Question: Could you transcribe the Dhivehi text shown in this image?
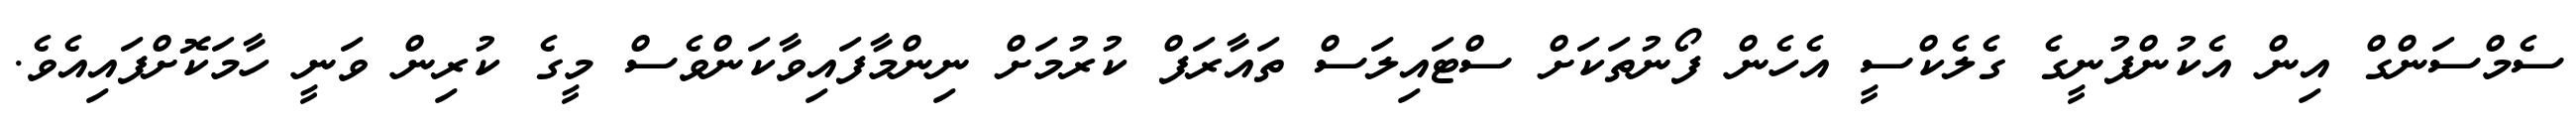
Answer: ސެމްސަންގް އިން އެކުންފުނީގެ ގެލެކްސީ އެހެން ފޯނުތަކަށް ސްޓައިލަސް ތައާރަފް ކުރުމަށް ނިންމާފައިވާކަންވެސް މީގެ ކުރިން ވަނީ ހާމަކޮށްފައިއެވެ.